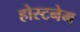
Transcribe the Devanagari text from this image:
होस्टनेम